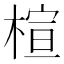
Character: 楦